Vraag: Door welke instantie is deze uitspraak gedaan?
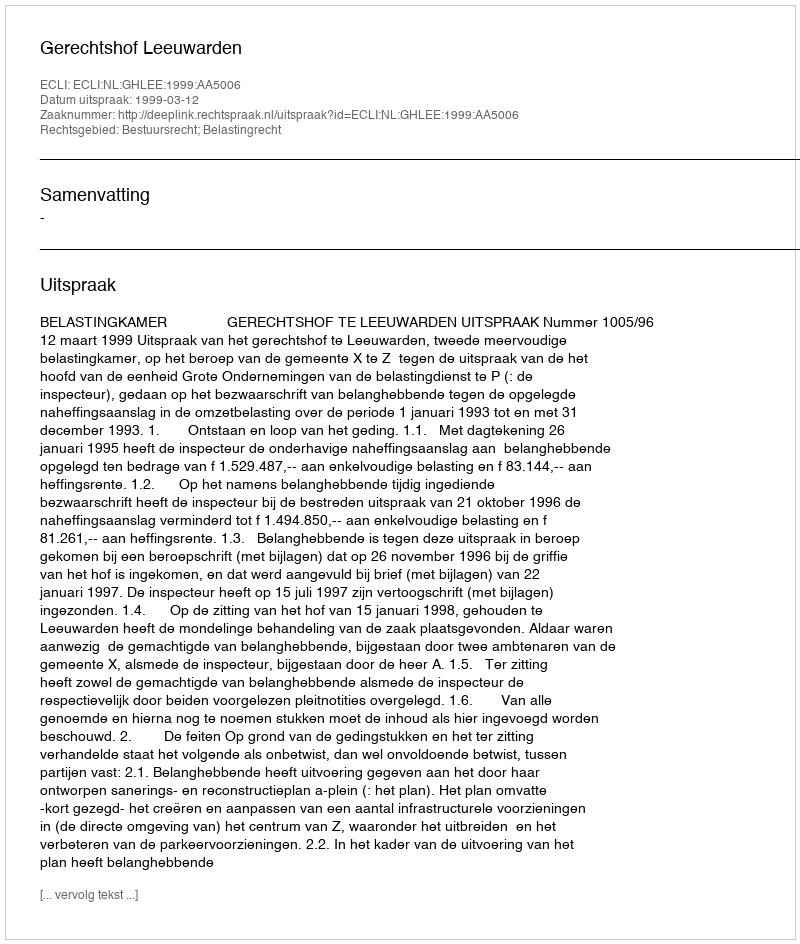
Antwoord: Gerechtshof Leeuwarden